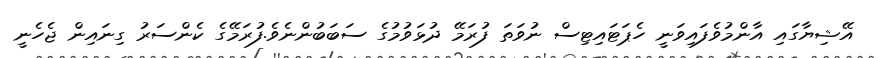
އޭޝިޔާގައި އާންމުވެފައިވަނީ ހެޕަޓައިޓިސް ނުވަތަ ފުރަމޭ ދުޅަވުމުގެ ސަބަބުންނެވެ.ފުރަމޭގެ ކެންސަރު ގިނައިން ޖެހެނީ